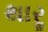
થારૢ